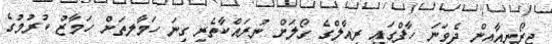
ޖިރޯނިއާއިން ދެވަނަ ހާފްގައި ރިއާލްގެ ގޯލަށް ނުރައްކާތެރި ގިނަ ހަމާލތަށް ހަމާޒު ކުރުމުގެ